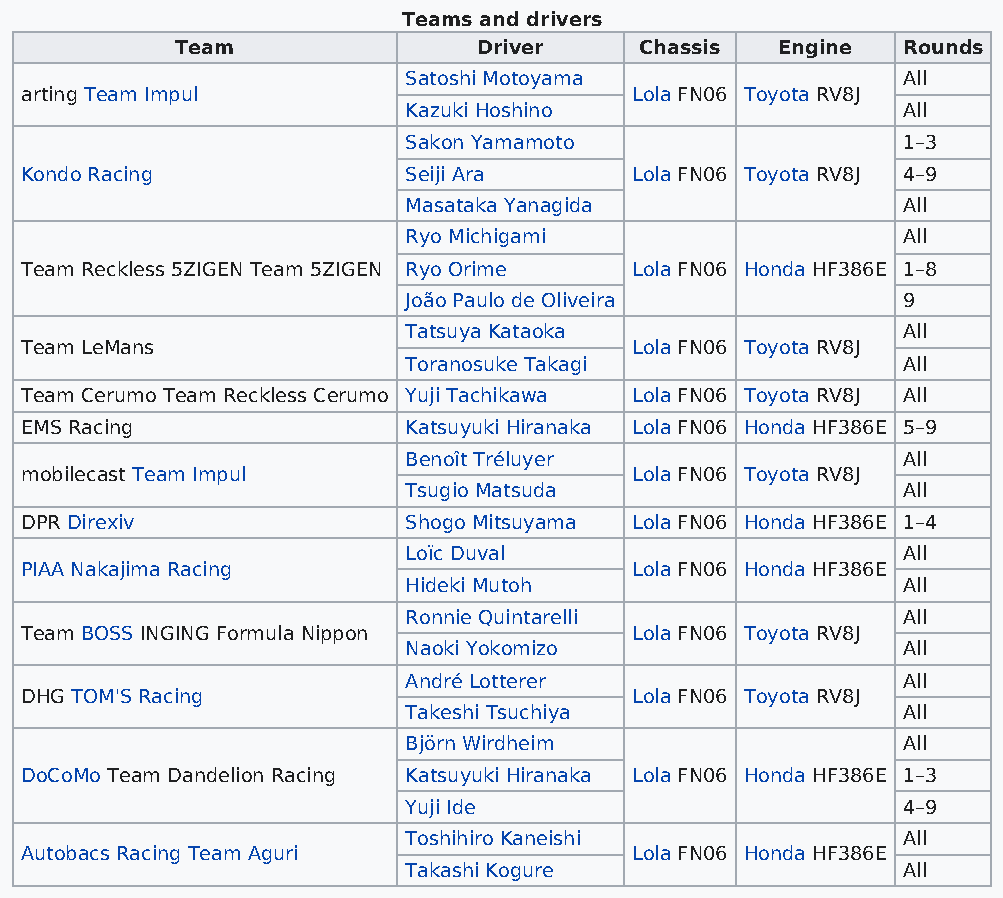
Teams and drivers
 Team                Driver    Chassis  Engine   Rounds
 Satoshi Motoyama                 All
 arting Team Impul                        Lola FN06 Toyota RV8J
 Kazuki Hoshino                   All
 Sakon Yamamoto                   1–3
 Kondo Racing              Seiji Ara      Lola FN06 Toyota RV8J 4–9
 Masataka Yanagida                All
 Ryo Michigami                    All
 Team Reckless 5ZIGEN Team 5ZIGEN Ryo Orime Lola FN06 Honda HF386E 1–8
 João Paulo de Oliveira           9
 Tatsuya Kataoka                  All
 Team LeMans                              Lola FN06 Toyota RV8J
 Toranosuke Takagi                All
 Team Cerumo Team Reckless Cerumo Yuji Tachikawa Lola FN06 Toyota RV8J All
 EMS Racing                Katsuyuki Hiranaka Lola FN06 Honda HF386E 5–9
 Benoît Tréluyer                  All
 mobilecast Team Impul                    Lola FN06 Toyota RV8J
 Tsugio Matsuda                   All
 DPR Direxiv               Shogo Mitsuyama Lola FN06 Honda HF386E 1–4
 Loïc Duval                       All
 PIAA Nakajima Racing                     Lola FN06 Honda HF386E
 Hideki Mutoh                     All
 Ronnie Quintarelli               All
 Team BOSS INGING Formula Nippon          Lola FN06 Toyota RV8J
 Naoki Yokomizo                   All
 André Lotterer                   All
 DHG TOM'S Racing                         Lola FN06 Toyota RV8J
 Takeshi Tsuchiya                 All
 Björn Wirdheim                   All
 DoCoMo Team Dandelion Racing Katsuyuki Hiranaka Lola FN06 Honda HF386E 1–3
 Yuji Ide                         4–9
 Toshihiro Kaneishi               All
 Autobacs Racing Team Aguri               Lola FN06 Honda HF386E
 Takashi Kogure                   All